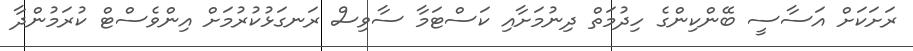
ރަށަކަށް އަސާސީ ބޭންކިންގެ ހިދުމަތް ދިނުމަށާއި ކަސްޓަމާ ސާވިސް ރަނގަޅުކުރުމަށް އިންވެސްޓް ކުރަމުންދާ